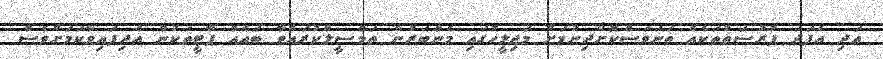
އަދި އެފަދަ ފުރުސަތުތަކެއް ތަނަވަސްކޮށްދިނުމަށް މަޖިލީހުގައި މެންބަރުން ތަމްސީލްކުރައްވާ ބައެއް ޕާޓީތަކުން އެދިފައިވާކަމަށްވެސް